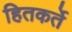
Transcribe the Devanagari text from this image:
हितकर्ते